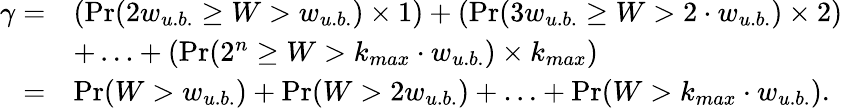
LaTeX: \begin{array}{rl}{\gamma=}&{\left(\operatorname*{Pr}(2w_{u.b.}\geq W>w_{u.b.})\times 1\right)+\left(\operatorname*{Pr}(3w_{u.b.}\geq W>2\cdot w_{u.b.})\times 2\right)}\\ &{+\ldots+\left(\operatorname*{Pr}(2^{n}\geq W>k_{max}\cdot w_{u.b.})\times k_{max}\right)}\\ {=}&{\operatorname*{Pr}(W>w_{u.b.})+\operatorname*{Pr}(W>2w_{u.b.})+\ldots+\operatorname*{Pr}(W>k_{max}\cdot w_{u.b.}).}\end{array}